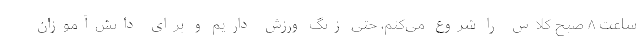
ساعت ۸ صبح کلاس را شروع می‌کنم، حتی زنگ ورزش داریم و برای دانش‌آموزان